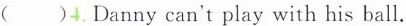
( )4Danny can-t-play-with-his ball.